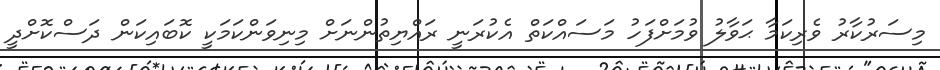
މިސަރުކާރު ވެރިކަމާ ޙަވާލު ވުމަށްފަހު މަސައްކަތް އެކުރަނީ ރައްޔިތުންނަށް މިނިވަންކަމަކީ ކޮބައިކަން ދަސްކޮށްދީ